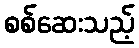
စစ်ဆေးသည့်